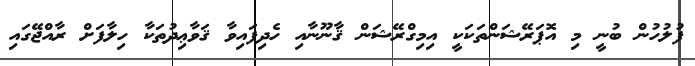
ފުލުހުން ބުނީ މި އޮޕަރޭޝަންތަކަކީ އިމިގްރޭޝަން ޤާނޫނާއި ހެދިފައިވާ ޤަވާޢިދުތަކާ ހިލާފަށް ރާއްޖޭގައި